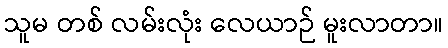
သူမ တစ် လမ်းလုံး လေယာဉ် မူးလာတာ။